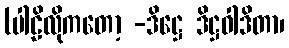
(ပါဠိလိုကတော့ -ဒိဋ္ဌေ ဒိဋ္ဌဝါဒိတာ၊